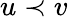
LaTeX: u\prec v